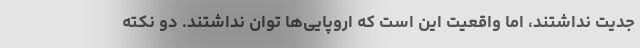
جدیت نداشتند، اما واقعیت این است که اروپایی‌ها توان نداشتند. دو نکته